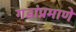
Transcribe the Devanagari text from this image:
गडांप्रमाणे